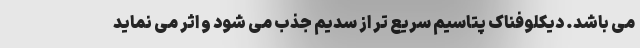
می باشد. دیکلوفناک پتاسیم سریع تر از سدیم جذب می شود و اثر می نماید